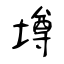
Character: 墫